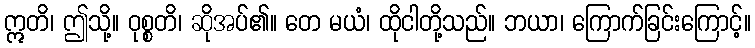
ဣတိ၊ ဤသို့။ ဝုစ္စတိ၊ ဆိုအပ်၏။ တေ မယံ၊ ထိုငါတို့သည်။ ဘယာ၊ ကြောက်ခြင်းကြောင့်။